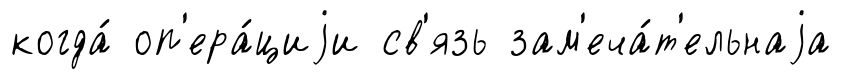
когда́ оп'ера́циjи св'язь зам'еча́т'ельнаjа